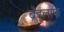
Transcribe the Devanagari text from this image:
ब्रॅडलाफ